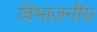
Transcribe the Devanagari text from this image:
विभाजनीय